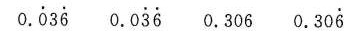
0.\dot{0} 3 \dot{6} 0.0\dot{3} \dot{6} 0.3060.30 \dot{6}